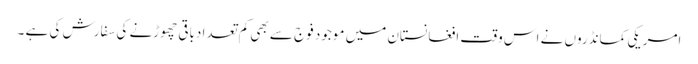
امریکی کمانڈروں نے اس وقت افغانستان میں موجود فوج سے بھی کم تعدا دباقی چھوڑنے کی سفارش کی ہے ۔